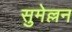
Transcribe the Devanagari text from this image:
सुमेल्लन